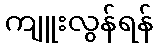
ကျူးလွန်ရန်